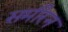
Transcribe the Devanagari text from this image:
समीरन